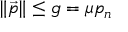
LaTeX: \| { \vec { p } } \| \leq g = \mu p _ { n } \,